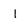
Character: 1